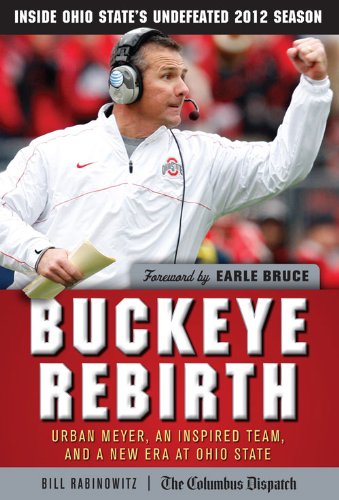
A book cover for Buckeye Rebirth: Urban Meyer, an Inspired Team, and a New Era at Ohio State; Bill Rabinowitz; Biographies & Memoirs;